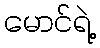
မောင်ရဲ့